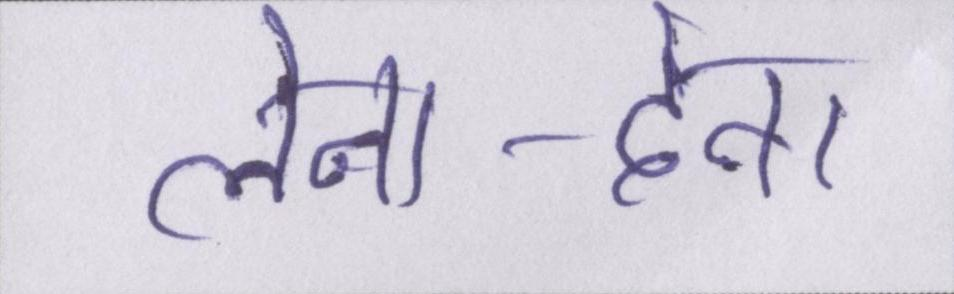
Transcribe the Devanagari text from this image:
लेना-देना